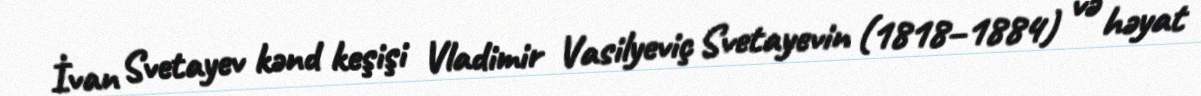
İvan Svetayev kənd keşişi Vladimir Vasilyeviç Svetayevin (1818–1884) və həyat